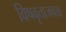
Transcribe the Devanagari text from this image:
विषवृताजवळ